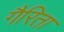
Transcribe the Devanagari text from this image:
गैरिता